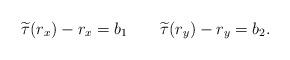
LaTeX: \begin{align*} \widetilde{\tau}(r_x)-r_x=b_1\quad\quad\widetilde{\tau}(r_y)-r_y=b_2.\end{align*}